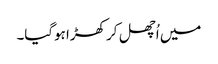
میں اُچھل کر کھڑا ہوگیا۔